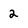
Character: 2